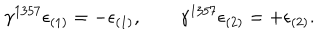
LaTeX: \gamma ^ { 1 3 5 7 } \epsilon _ { ( 1 ) } = - \epsilon _ { ( 1 ) } , \qquad \gamma ^ { 1 3 5 7 } \epsilon _ { ( 2 ) } = + \epsilon _ { ( 2 ) } .